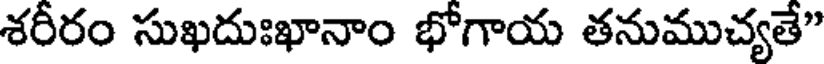
శరీరం సుఖదుఃఖానాం భోగాయ తనుముచ్యతే"